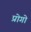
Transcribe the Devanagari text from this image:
प्रोगो